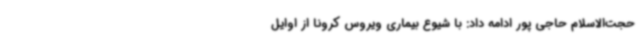
حجت‌الاسلام حاجی پور ادامه داد: با شیوع بیماری ویروس کرونا از اوایل